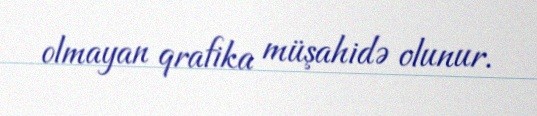
olmayan qrafika müşahidə olunur.